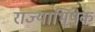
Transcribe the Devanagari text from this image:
राज्याभिषे़क